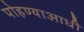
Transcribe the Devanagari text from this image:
पोहण्याआधी